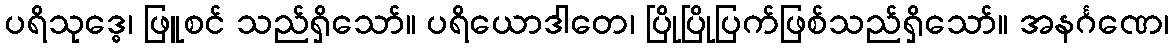
ပရိသုဒ္ဓေ၊ ဖြူစင် သည်ရှိသော်။ ပရိယောဒါတေ၊ ပြိုပြိုပြက်ဖြစ်သည်ရှိသော်။ အနင်္ဂဏေ၊